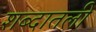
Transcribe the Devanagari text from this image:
शब्दातली